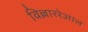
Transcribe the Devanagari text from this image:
विल्लाररेआल